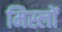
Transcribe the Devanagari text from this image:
मिस्लों